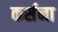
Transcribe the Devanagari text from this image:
कर्सना